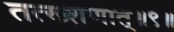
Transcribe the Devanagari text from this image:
तत्ख्शणात्॥९॥